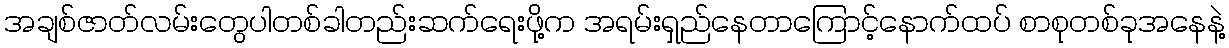
အချစ်ဇာတ်လမ်းတွေပါတစ်ခါတည်းဆက်ရေးဖို့က အရမ်းရှည်နေတာကြောင့်နောက်ထပ် စာစုတစ်ခုအနေနဲ့